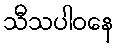
သီသပါဝနေ